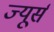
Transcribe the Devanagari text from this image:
ज्यूर्स